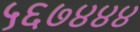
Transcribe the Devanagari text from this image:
५६७४४४